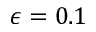
\epsilon = 0 . 1